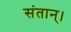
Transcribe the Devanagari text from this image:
संतान्।